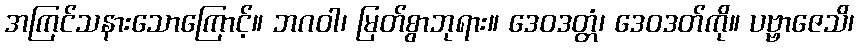
အကြင်သနားသောကြောင့်။ ဘဂဝါ၊ မြတ်စွာဘုရား။ ဒေဝဒတ္တံ၊ ဒေဝဒတ်ကို။ ပဗ္ဗာဇေသိ၊